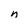
Character: n